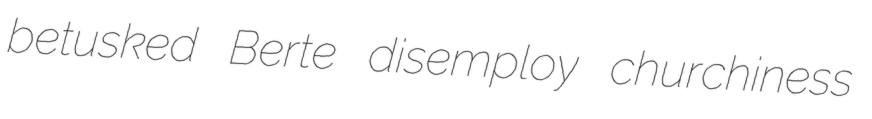
betusked Berte disemploy churchiness